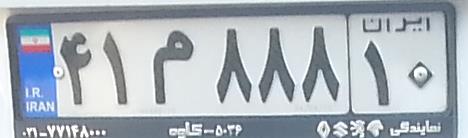
۴۱م۸۸۸۱۰